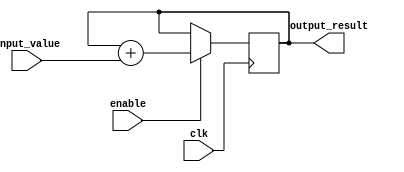
module parallel_accumulator (
    input wire clk,
    input wire [7:0] input_value,
    input wire enable,
    output reg [15:0] output_result
);

reg [15:0] accumulator;

always @(posedge clk) begin
    if (enable) begin
        accumulator <= accumulator + input_value;
    end
end

assign output_result = accumulator;

endmodule